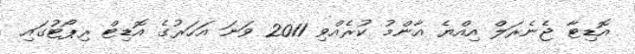
އޮޑިޓާ ޖެނެރަލް އިއްޔެ އާންމު ކުރެއްވި 2011 ވަނަ އަހަރުގެ އޮޑިޓް ރިޕޯޓުގައި